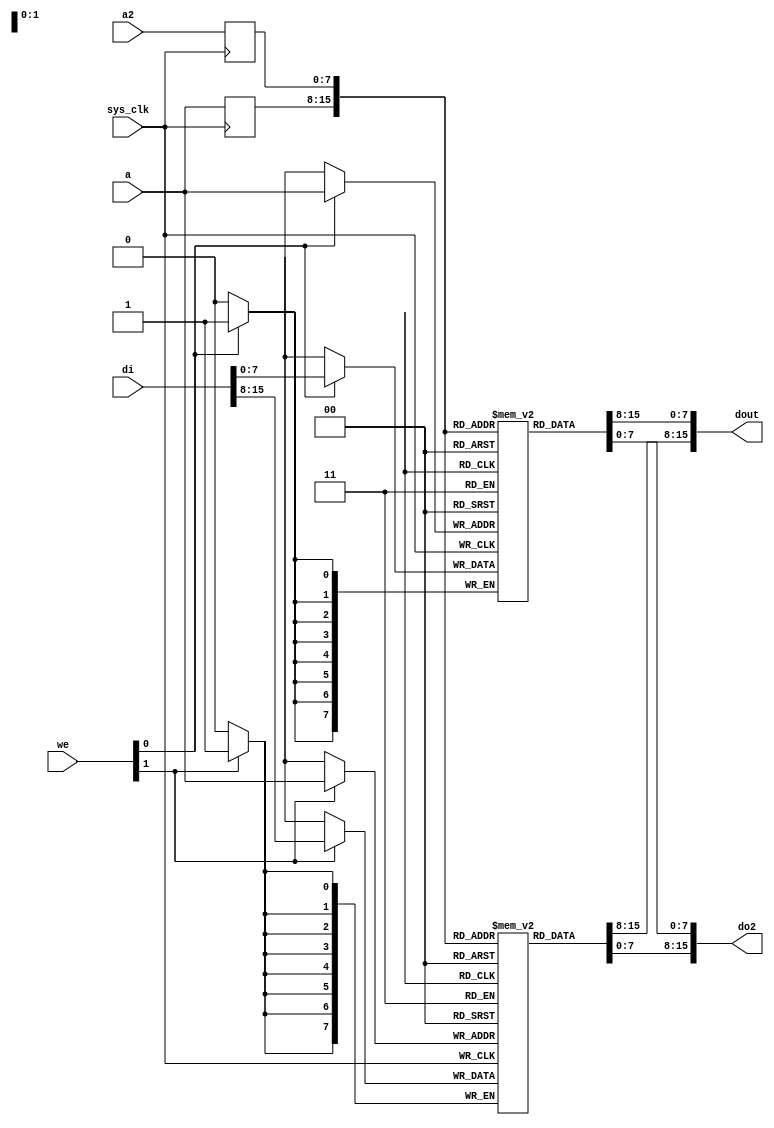
// This program was cloned from: https://github.com/marmolejo/zet
// License: GNU General Public License v3.0

/*
 * Milkymist SoC
 * Copyright (C) 2007, 2008, 2009, 2010 Sebastien Bourdeauducq
 * adjusted to FML 8x16 by Zeus Gomez Marmolejo <zeus@aluzina.org>
 * updated to include Direct Cache Bus by Charley Picker <charleypicker@yahoo.com>
 *
 * This program is free software: you can redistribute it and/or modify
 * it under the terms of the GNU General Public License as published by
 * the Free Software Foundation, version 3 of the License.
 *
 * This program is distributed in the hope that it will be useful,
 * but WITHOUT ANY WARRANTY; without even the implied warranty of
 * MERCHANTABILITY or FITNESS FOR A PARTICULAR PURPOSE.  See the
 * GNU General Public License for more details.
 *
 * You should have received a copy of the GNU General Public License
 * along with this program.  If not, see <http://www.gnu.org/licenses/>.
 */

module fmlbrg_datamem #(
	parameter depth = 8
) (
	input sys_clk,

	/* Primary port (read-write) */
	input [depth-1:0] a,
	input [1:0] we,
	input [15:0] di,
	output [15:0] dout,

	/* Secondary port (read-only) */
	input [depth-1:0] a2,
	output [15:0] do2
);

reg [7:0] ram0[0:(1 << depth)-1];
reg [7:0] ram1[0:(1 << depth)-1];

wire [7:0] ram0di;
wire [7:0] ram1di;

wire [7:0] ram0do;
wire [7:0] ram1do;

wire [7:0] ram0do2;
wire [7:0] ram1do2;

reg [depth-1:0] a_r;
reg [depth-1:0] a2_r;

always @(posedge sys_clk) begin
	a_r <= a;
	a2_r <= a2;
end

/*
 * Workaround for a strange Xst 11.4 bug with Spartan-6
 * We must specify the RAMs in this order, otherwise,
 * ram1 "disappears" from the netlist. The typical
 * first symptom is a Bitgen DRC failure because of
 * dangling I/O pins going to the SDRAM.
 * Problem reported to Xilinx.
 */
 
always @(posedge sys_clk) begin
	if(we[1])
		ram1[a] <= ram1di;
end
assign ram1do = ram1[a_r];
assign ram1do2 = ram1[a2_r];

always @(posedge sys_clk) begin
	if(we[0])
		ram0[a] <= ram0di;
end
assign ram0do = ram0[a_r];
assign ram0do2 = ram0[a2_r];

assign ram0di = di[7:0];
assign ram1di = di[15:8];

assign dout = {ram1do, ram0do};
assign do2 = {ram1do2, ram0do2};

endmodule